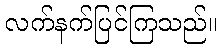
လက်နက်ပြင်ကြသည်။